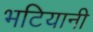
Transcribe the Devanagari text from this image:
भटियानी